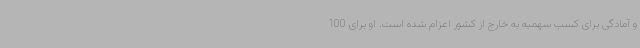
و آمادگی برای کسب سهمیه به خارج از کشور اعزام شده است. او برای 100